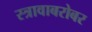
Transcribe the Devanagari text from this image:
स्त्रावाबरोबर